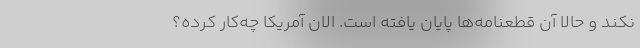
نکند و حالا آن قطعنامه‌ها پایان یافته است. الان آمریکا چه‌کار کرده؟